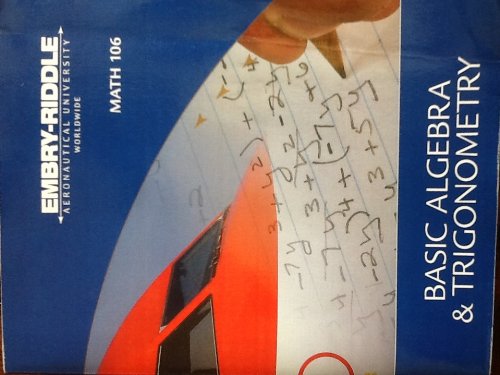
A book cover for Basic Algebra and Trigonometry (Math 106) Embry-Riddle Aeronautical University Worldwide; Marvin L. Bittinger (College Mathematics & Intro Algebra); Science & Math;